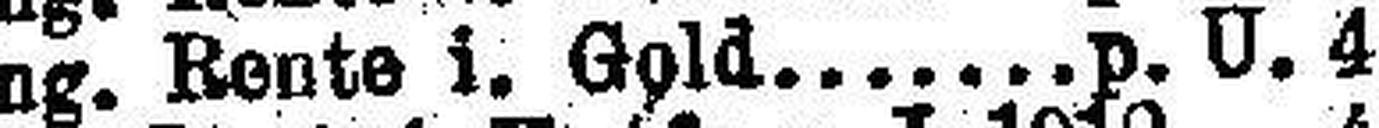
Ung. Rente i. Gold. p. U. 4